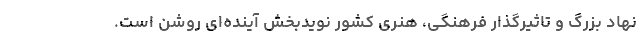
نهاد بزرگ و تاثیرگذار فرهنگی‌، هنری کشور نویدبخش آینده‌ای روشن است.